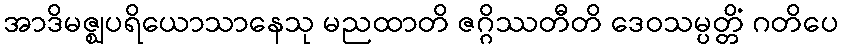
အာဒိမဇ္ဈပရိယောသာနေသု မညထာတိ ဇဂ္ဂိဿတီတိ ဒေဝသမ္ပတ္တိံ ဂတိပေ